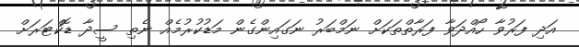
އަދި ފަރުވާ ހޯއްދަވާ ފަރާތްތަކަށް ނަމްބަރު ނަގައިންގެން މަޑުކުރުމެއް ނެތި ސީދާ ޑޮކްޓަރަށް